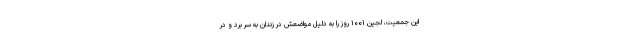
این جمعیت، لجین ۱۰۰۱ روز را به دلیل مواضعش در زندان به سر برد و در